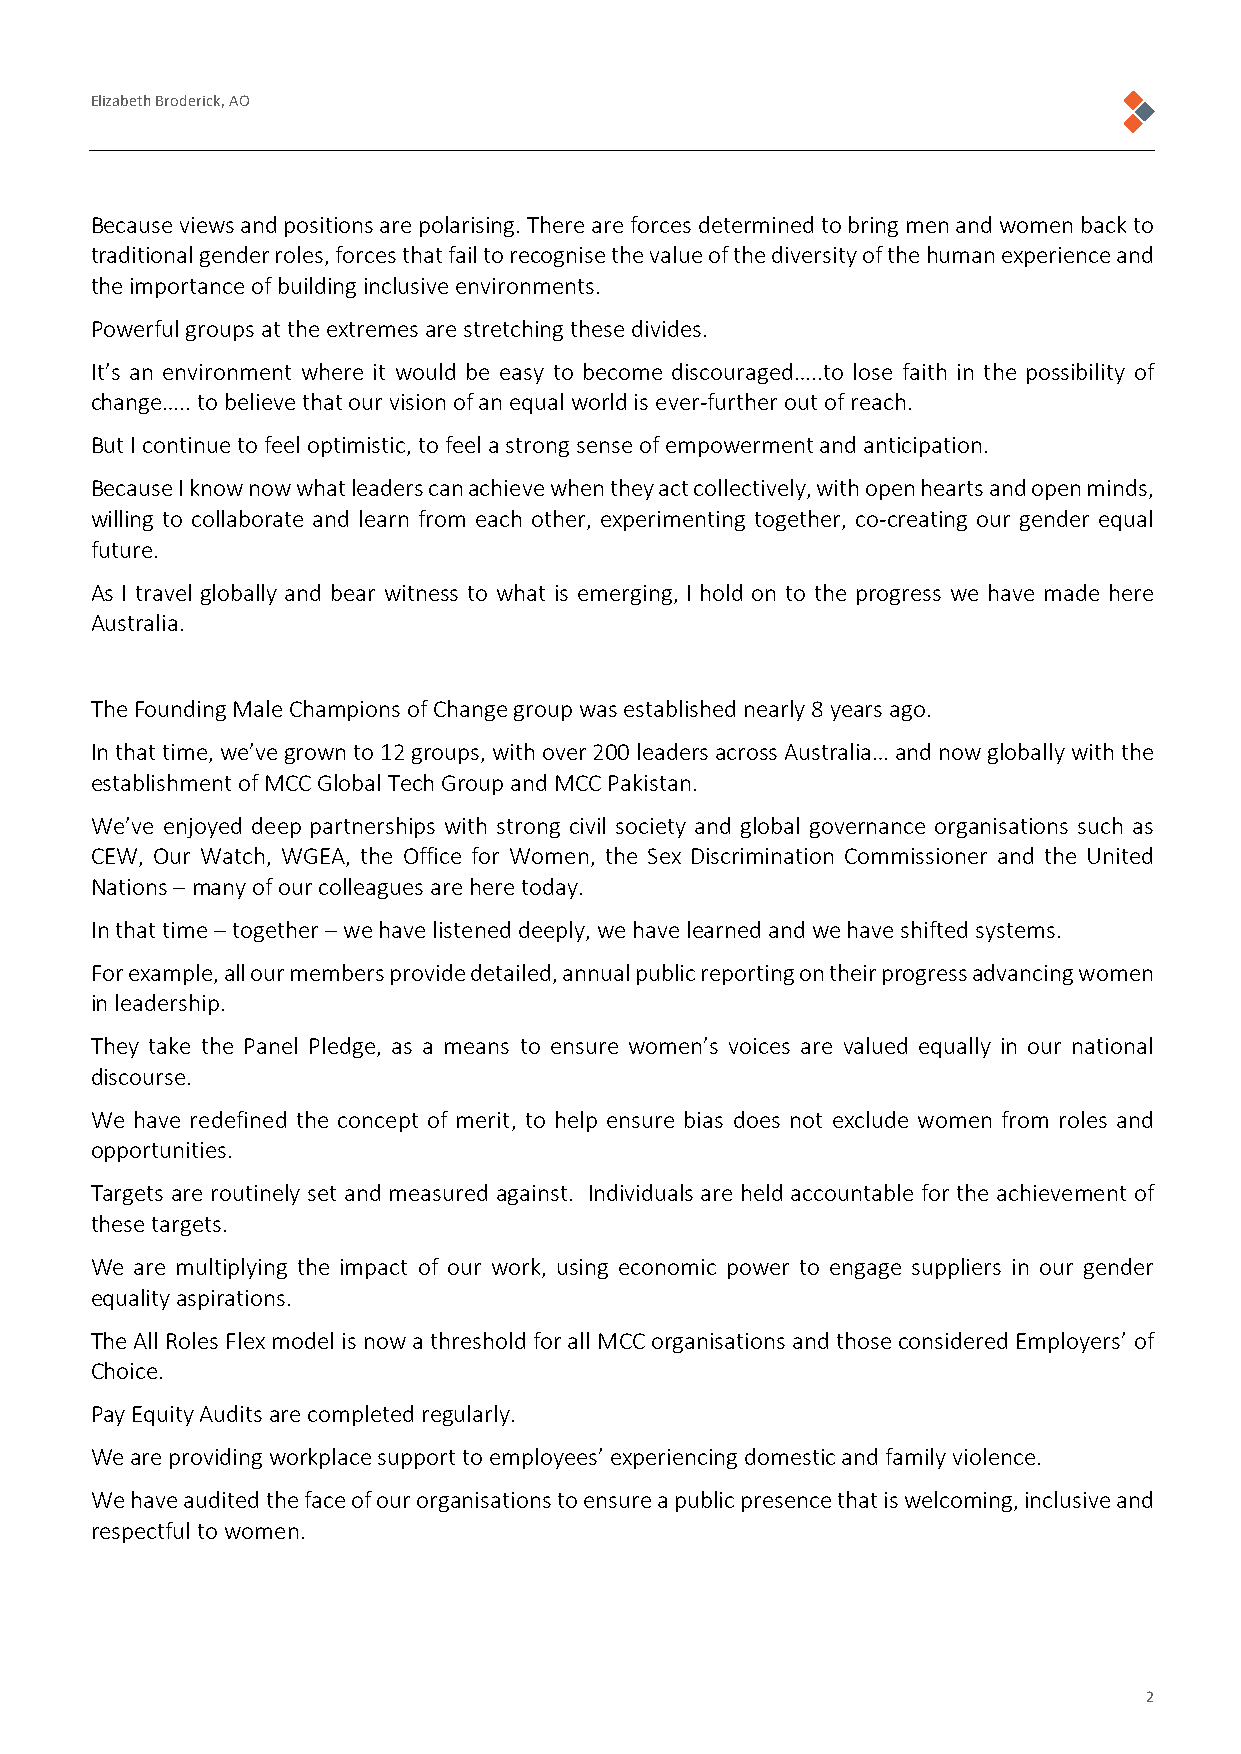
Elizabeth Broderick, AO
 Because views and positions are polarising. There are forces determined to bring men and women back to
 traditional gender roles, forces that fail to recognise the value of the diversity of the human experience and
 the importance of building inclusive environments.
 Powerful groups at the extremes are stretching these divides.
 It’s an environment where it would be easy to become discouraged…..to lose faith in the possibility of
 change….. to believe that our vision of an equal world is ever-further out of reach.
 But I continue to feel optimistic, to feel a strong sense of empowerment and anticipation.
 Because I know now what leaders can achieve when they act collectively, with open hearts and open minds,
 willing to collaborate and learn from each other, experimenting together, co-creating our gender equal
 future.
 As I travel globally and bear witness to what is emerging, I hold on to the progress we have made here
 Australia.
 The Founding Male Champions of Change group was established nearly 8 years ago.
 In that time, we’ve grown to 12 groups, with over 200 leaders across Australia… and now globally with the
 establishment of MCC Global Tech Group and MCC Pakistan.
 We’ve enjoyed deep partnerships with strong civil society and global governance organisations such as
 CEW, Our Watch, WGEA, the Office for Women, the Sex Discrimination Commissioner and the United
 Nations – many of our colleagues are here today.
 In that time – together – we have listened deeply, we have learned and we have shifted systems.
 For example, all our members provide detailed, annual public reporting on their progress advancing women
 in leadership.
 They take the Panel Pledge, as a means to ensure women’s voices are valued equally in our national
 discourse.
 We have redefined the concept of merit, to help ensure bias does not exclude women from roles and
 opportunities.
 Targets are routinely set and measured against. Individuals are held accountable for the achievement of
 these targets.
 We are multiplying the impact of our work, using economic power to engage suppliers in our gender
 equality aspirations.
 The All Roles Flex model is now a threshold for all MCC organisations and those considered Employers’ of
 Choice.
 Pay Equity Audits are completed regularly.
 We are providing workplace support to employees’ experiencing domestic and family violence.
 We have audited the face of our organisations to ensure a public presence that is welcoming, inclusive and
 respectful to women.
 2